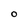
Character: O